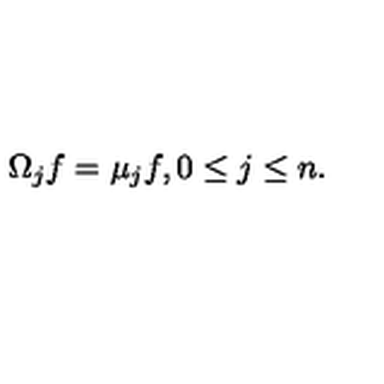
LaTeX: \Omega _ { j } f = \mu _ { j } f , 0 \leq j \leq n .